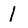
Character: 1